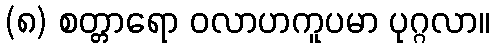
(၈) စတ္တာရော ဝလာဟကူပမာ ပုဂ္ဂလာ။